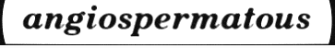
angiospermatous